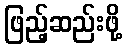
ဖြည့်ဆည်းဖို့